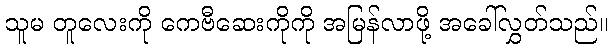
သူမ တူလေးကို ကေဗီဆေးကိုကို အမြန်လာဖို့ အခေါ်လွှတ်သည်။